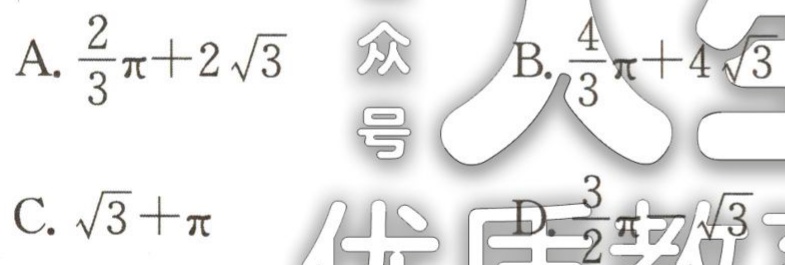
A. $\frac{2}{3}\pi + 2\sqrt{3}$  B. $\frac{4}{3}\pi + 4\sqrt{3}$  C. $\sqrt{3}+\pi$  D. $\frac{3}{2}\pi+\sqrt{3}$